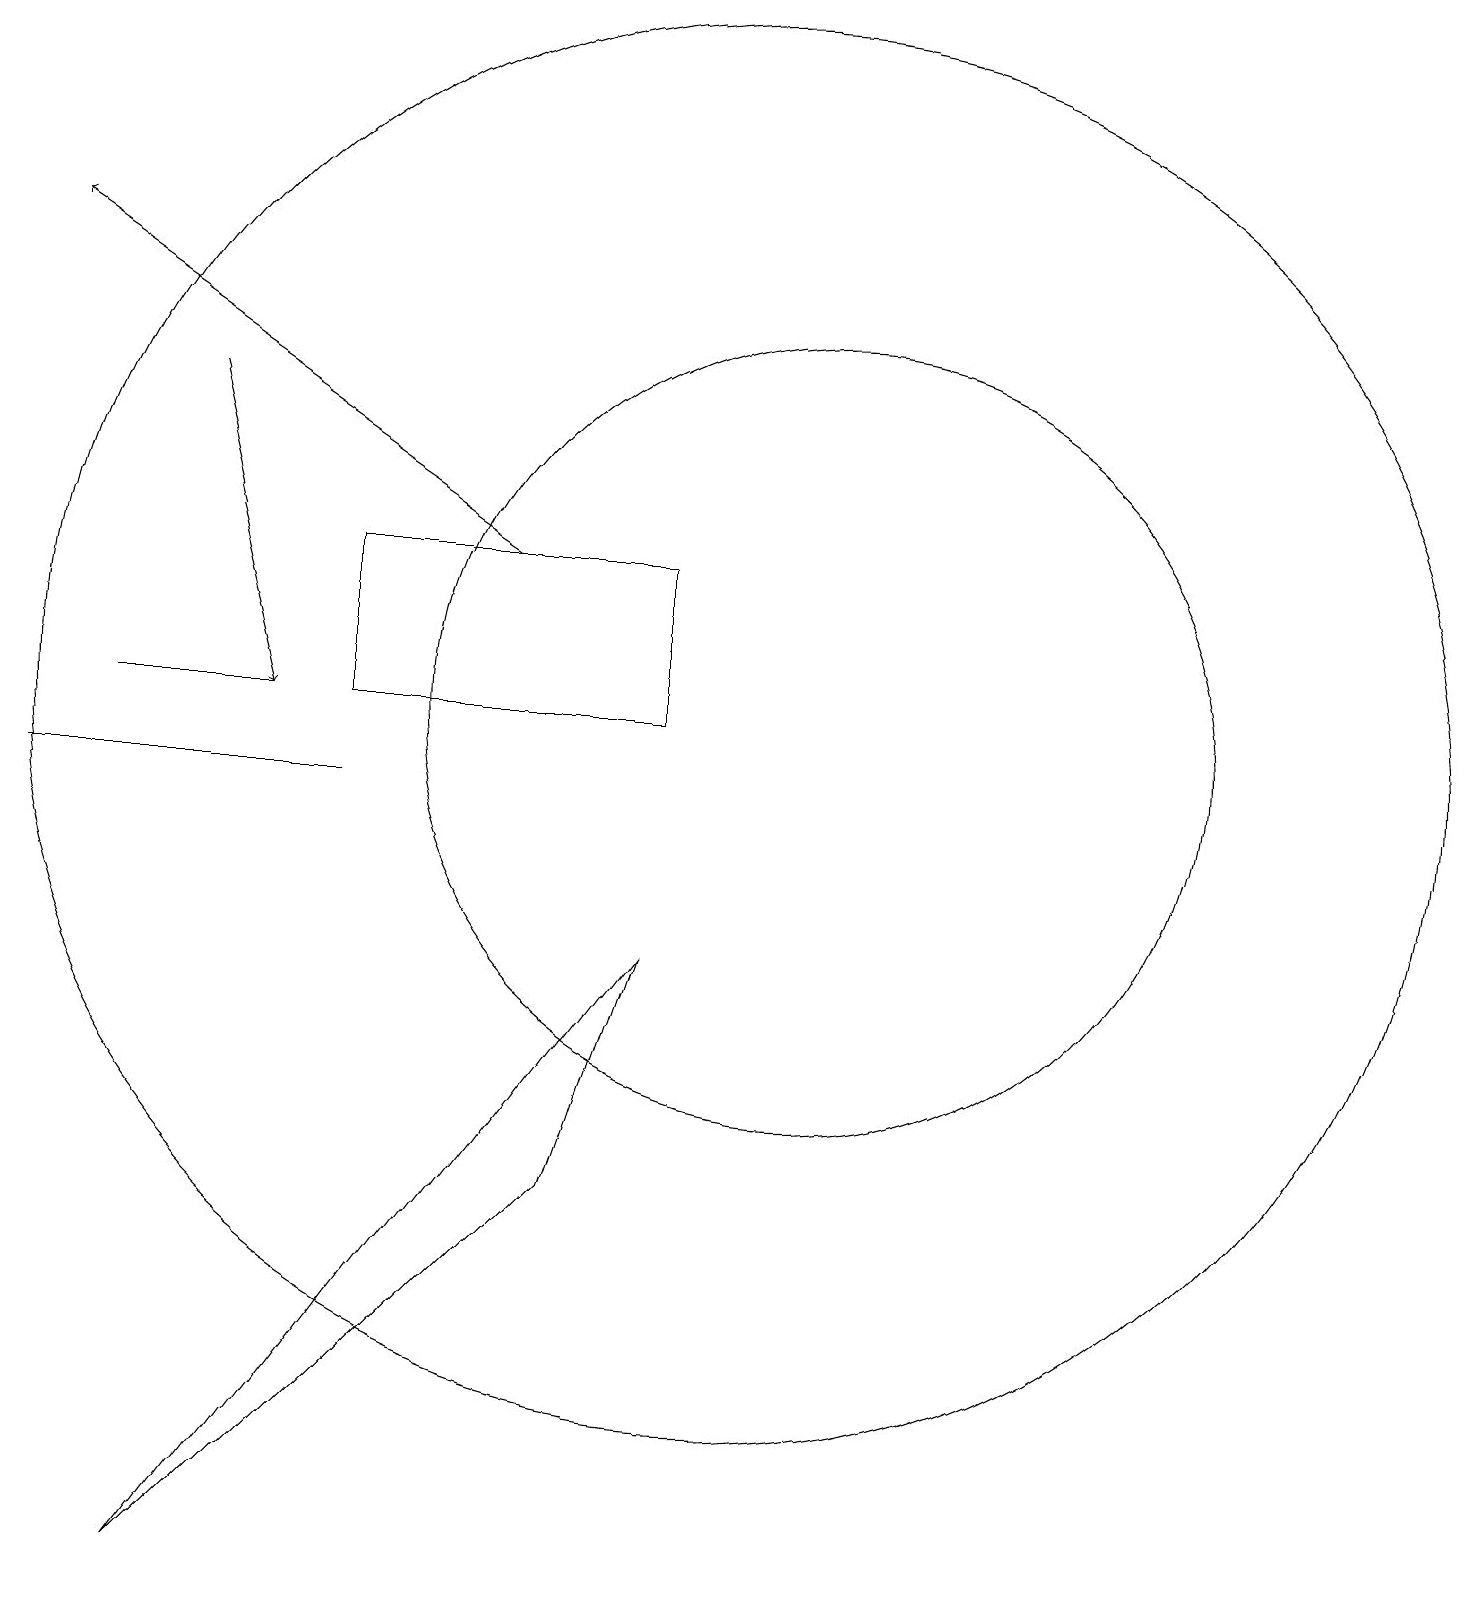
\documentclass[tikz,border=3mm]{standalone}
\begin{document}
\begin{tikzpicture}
\draw (9,13) rectangle (5,11);
\draw (5,10) rectangle (1,10);
\draw (2,11) rectangle (4,11);
\draw (10,11) circle (9);
\draw (3,0) -- (9,8) -- (8,5) -- cycle;
\draw[->] (7,13) -- (1,17);
\draw (11,11) circle (5);
\draw[->] (3,15) -- (4,11);
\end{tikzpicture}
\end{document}